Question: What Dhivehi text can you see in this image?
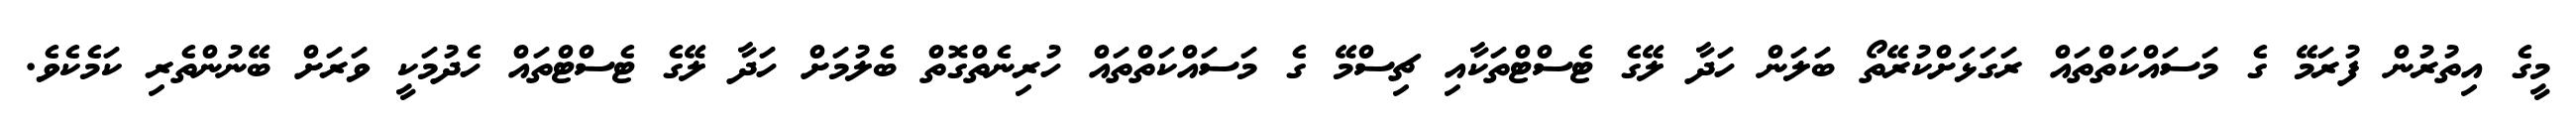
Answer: މީގެ އިތުރުން ފުރަމޭ ގެ މަސައްކަތްތައް ރަގަޅަށްކުރޭތޯ ބަލަން ހަދާ ލޭގެ ޓެސްޓްތަކާއި ޗިސްމޭ ގެ މަސައްކަތްތައް ހުރިނެތްގޮތް ބެލުމަށް ހަދާ ލޭގެ ޓެސްޓްތައް ހެދުމަކީ ވަރަށް ބޭނުންތެރި ކަމެކެވެ.